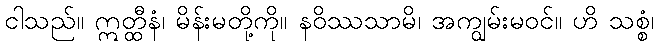
ငါသည်။ ဣတ္ထီနံ၊ မိန်းမတို့ကို။ နဝိဿသာမိ၊ အကျွမ်းမဝင်။ ဟိ သစ္စံ၊